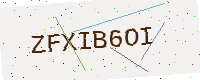
Text: ZFXIB6OI